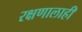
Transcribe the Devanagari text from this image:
रक्षणालाही